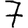
Digit: 7